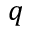
q